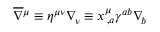
\overline { { \nabla } } { ^ \mu } \equiv \eta ^ { \mu \nu } \nabla _ { \! \nu } \equiv x _ { \, , a } ^ { \mu } \gamma ^ { a b } \nabla _ { \! b }